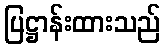
ပြဋ္ဌာန်းထားသည်